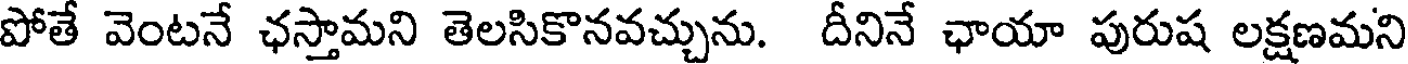
పోతే వెంటనే ఛస్తామని తెలసికొనవచ్చును. దీనినే ఛాయా పురుష లక్షణమని